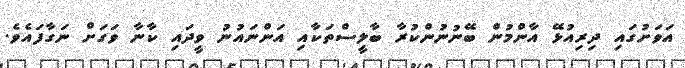
އަވަށުގައި ދިރިއުޅޭ އާންމުން ބޭނުނުންކުރާ ބާލީސްތަކާއި އަންނައުނު ވީދައި ކާނާ ވަގަށް ނަގާފައެވެ.